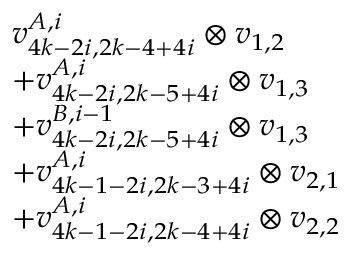
\begin{array} { r l } & { v _ { 4 k - 2 i , 2 k - 4 + 4 i } ^ { A , i } \otimes v _ { 1 , 2 } } \\ & { + v _ { 4 k - 2 i , 2 k - 5 + 4 i } ^ { A , i } \otimes v _ { 1 , 3 } } \\ & { + v _ { 4 k - 2 i , 2 k - 5 + 4 i } ^ { B , i - 1 } \otimes v _ { 1 , 3 } } \\ & { + v _ { 4 k - 1 - 2 i , 2 k - 3 + 4 i } ^ { A , i } \otimes v _ { 2 , 1 } } \\ & { + v _ { 4 k - 1 - 2 i , 2 k - 4 + 4 i } ^ { A , i } \otimes v _ { 2 , 2 } } \end{array}